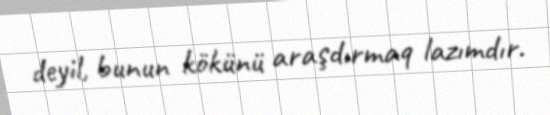
deyil, bunun kökünü araşdırmaq lazımdır.